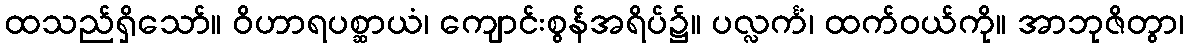
ထသည်ရှိသော်။ ဝိဟာရပစ္ဆာယံ၊ ကျောင်းစွန်အရိပ်၌။ ပလ္လင်္ကံ၊ ထက်ဝယ်ကို။ အာဘုဇိတွာ၊